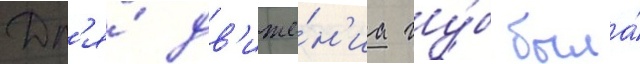
Дл'я́ дв'иже́н'иа гу́б была́